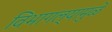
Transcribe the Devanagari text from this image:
विभागल्यामुळे